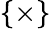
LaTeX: \{ \times\}